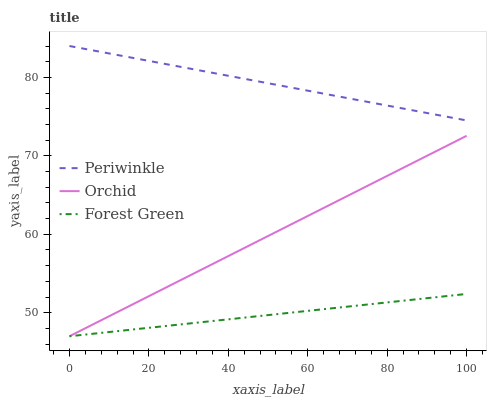
| xaxis_label | Periwinkle | Orchid | Forest Green |
 | --- | --- | --- | --- |
 | 0 | 84 | 47 | 47 |
 | 16.7 | 82.4 | 51.3 | 47.9 |
 | 33.3 | 80.8 | 55.5 | 48.8 |
 | 50 | 79.3 | 59.8 | 49.7 |
 | 66.7 | 77.7 | 64 | 50.6 |
 | 83.3 | 76.1 | 68.3 | 51.5 |
 | 100 | 74.5 | 72.6 | 52.4 |